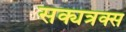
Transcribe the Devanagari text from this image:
सक्यत्रक्स